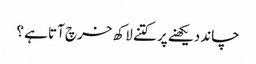
چاند دیکھنے پر کتنے لاکھ خرچ آتا ہے ؟